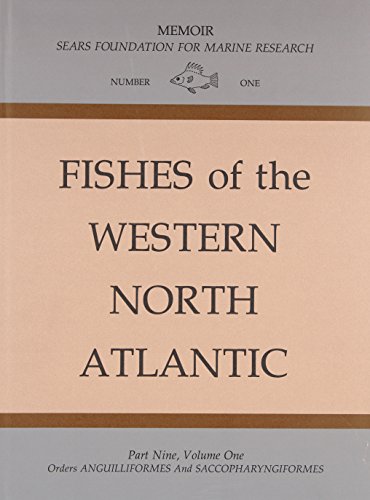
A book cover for Fishes of the Western North Atlantic, part nine (Volumes 1 & 2); Eugenia B. Bohlke; Science & Math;